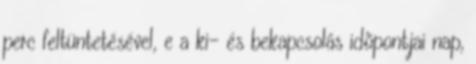
perc feltüntetésével, e a ki- és bekapcsolás idõpontjai nap,